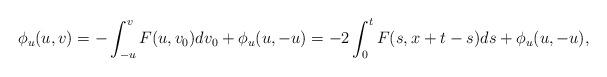
LaTeX: \begin{align*} \phi_u(u, v)= -\int_{-u}^v F(u, v_0) d v_0+ \phi_u(u, -u) = -2\int_{0}^{t} F(s, x+t-s) ds+ \phi_u(u, -u), \end{align*}